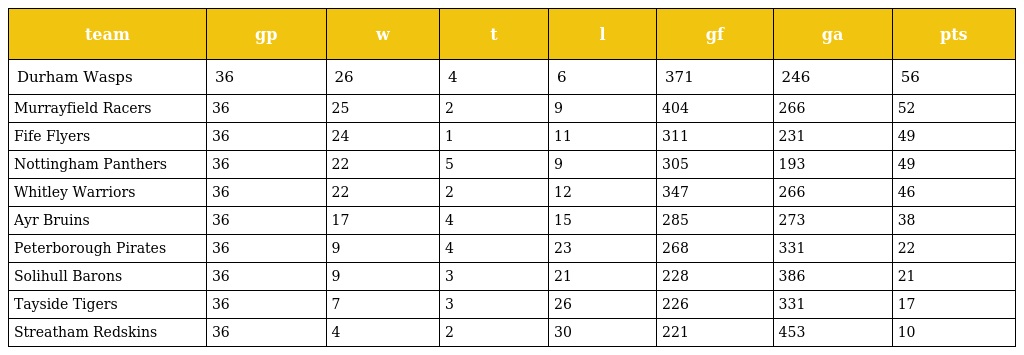
| team | gp | w | t | l | gf | ga | pts |
 | --- | --- | --- | --- | --- | --- | --- | --- |
 | Durham Wasps | 36 | 26 | 4 | 6 | 371 | 246 | 56 |
 | Murrayfield Racers | 36 | 25 | 2 | 9 | 404 | 266 | 52 |
 | Fife Flyers | 36 | 24 | 1 | 11 | 311 | 231 | 49 |
 | Nottingham Panthers | 36 | 22 | 5 | 9 | 305 | 193 | 49 |
 | Whitley Warriors | 36 | 22 | 2 | 12 | 347 | 266 | 46 |
 | Ayr Bruins | 36 | 17 | 4 | 15 | 285 | 273 | 38 |
 | Peterborough Pirates | 36 | 9 | 4 | 23 | 268 | 331 | 22 |
 | Solihull Barons | 36 | 9 | 3 | 21 | 228 | 386 | 21 |
 | Tayside Tigers | 36 | 7 | 3 | 26 | 226 | 331 | 17 |
 | Streatham Redskins | 36 | 4 | 2 | 30 | 221 | 453 | 10 |